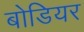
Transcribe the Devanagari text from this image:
बोडियर